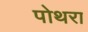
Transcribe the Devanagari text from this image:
पोथरा